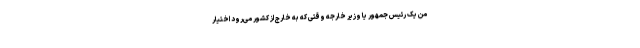
من یک رئیس جمهور یا وزیر خارجه وقتی که به خارج از کشور می‌رود اختیار